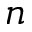
n